Leaving Certificate Examination (including Day School Certificate (Higher) General paper), 1927
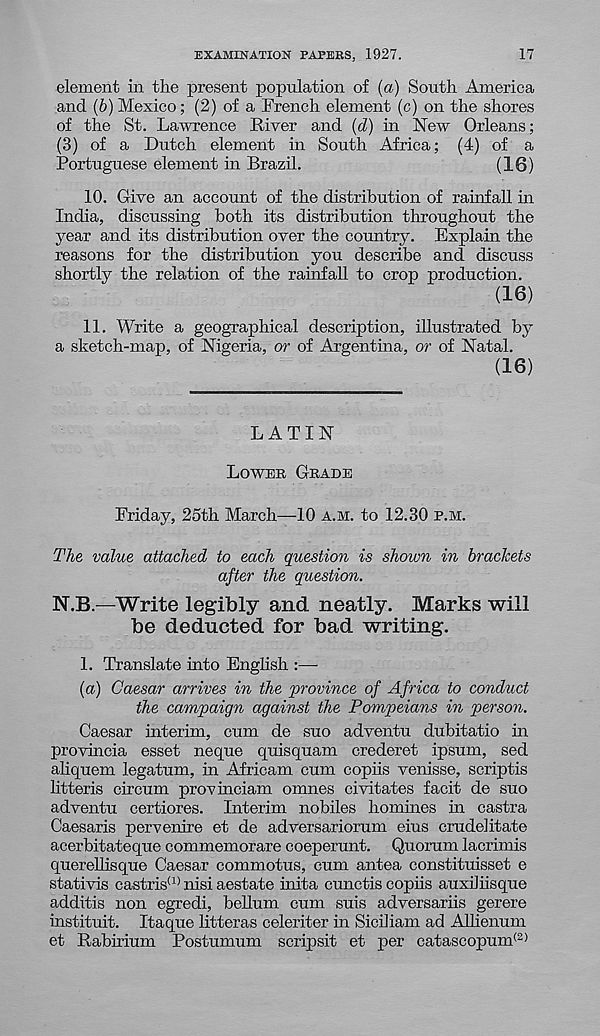
EXAMINATION PAPERS, 1927.
17
element in the present population of (a) South America
and (b) Mexico; (2) of a French element (c) on the shores
of the St. Lawrence River and (d) in New Orleans;
(3) of a Dutch element in South Africa; (4) of a
Portuguese element in Brazil.
(16)
10. Give an account of the distribution of rainfall in
India, discussing both its distribution throughout the
year and its distribution over the country. Explain the
reasons for the distribution you describe and discuss
shortly the relation of the rainfall to crop production.
(16)
11. Write a geographical description, illustrated by
a sketch-map, of Nigeria, or of Argentina, or of Natal.
(16)
LATIN
LOWER GRADE
Friday, 25th March—10 A.M. to 12.30 E.M.
The value attached to each question is shown in brackets
after the question.
N.B.—Write legibly and neatly. Marks will
be deducted for bad writing.
1. Translate into English :—-
(a) Caesar arrives in the province of Africa to conduct
the campaign against the Pompeians in person.
Caesar interim, cum de suo adventu dubitatio in
provincia esset neque quisquam crederet ipsum, sed
aliquem legatum, in Africam cum copiis venisse, scriptis
litteris circum provinciam omnes civitates facit de suo
adventu certiores. Interim nobiles homines in castra
Caesaris pervenire et de adversariorum eius crude!itate
acerhitateque commemorare coeperunt. Quorum lacrimis
querellisque Caesar commotus, cum antea constituisset e
stativis castris (1) nisi aestate inita cunctis copiis auxiliisque
additis non egredi, helium cum suis adversariis gerere
instituit. Itaque litteras celeriter in Siciliam ad Allienum
et Rabirium Postumum scripsit et per catascopum <2)